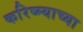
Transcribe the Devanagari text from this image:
करिष्म्याच्या